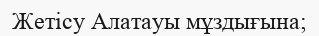
Жетісу Алатауы мұздығына;